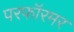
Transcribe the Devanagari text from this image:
परफॉरमर